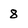
Character: 8